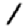
Digit: 1